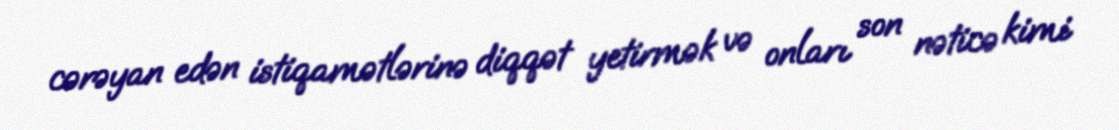
cərəyan edən istiqamətlərinə diqqət yetirmək və onları son nəticə kimi